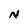
Character: N